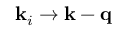
\mathbf { k } _ { i } \rightarrow \mathbf { k } - \mathbf { q }